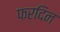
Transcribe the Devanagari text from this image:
फरदिन